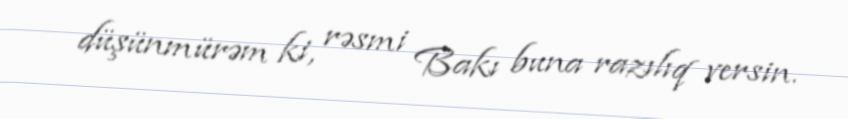
düşünmürəm ki, rəsmi Bakı buna razılıq versin.